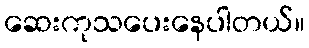
ဆေးကုသပေးနေပါတယ်။